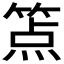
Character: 𰪉